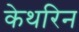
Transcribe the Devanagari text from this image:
केथरिन